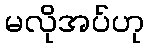
မလိုအပ်ဟု